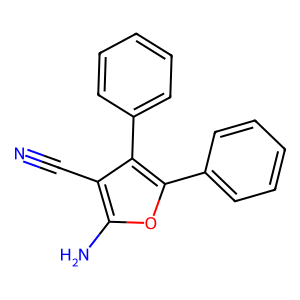
SMILES: N#Cc1c(N)oc(-c2ccccc2)c1-c1ccccc1
Inhibits HIV replication: No